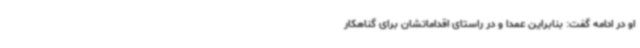
او در ادامه گفت: بنابراین عمدا و در راستای اقداماتشان برای گناهکار